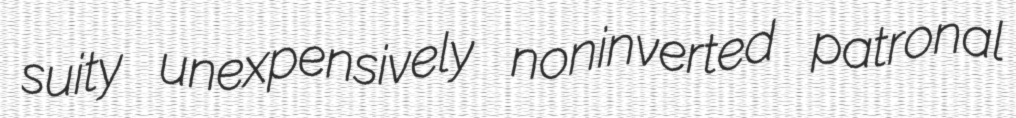
suity unexpensively noninverted patronal